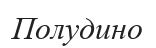
Полудино